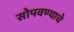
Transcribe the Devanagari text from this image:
सोपवण्याचे